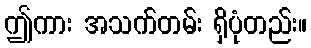
ဤကား အသက်တမ်း ရှိပုံတည်း။